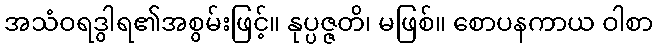
အသံဝရဒွါရ၏အစွမ်းဖြင့်။ နုပ္ပဇ္ဇတိ၊ မဖြစ်။ စောပနကာယ ဝါစာ